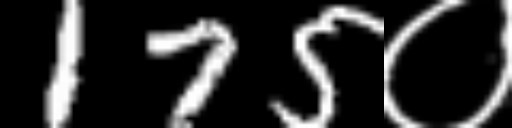
Text: 175०